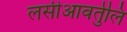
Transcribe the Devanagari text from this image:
लसीआवर्तुलि